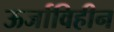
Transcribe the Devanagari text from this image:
ऊर्जाविहीन